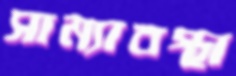
সাম্যাবস্থা